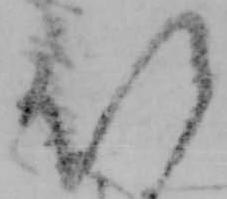
以